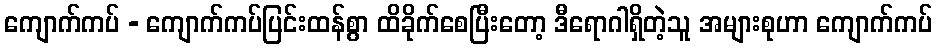
ကျောက်ကပ် - ကျောက်ကပ်ပြင်းထန်စွာ ထိခိုက်စေပြီးတော့ ဒီရောဂါရှိတဲ့သူ အများစုဟာ ကျောက်ကပ်